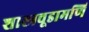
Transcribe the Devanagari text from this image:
शास्त्रचूडामणि